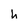
Character: h